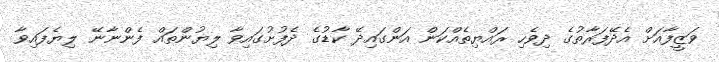
ވަޒީފާއަށް އެދޭފަރާތުގެ ދިވެހި ރައްޔިތެއްކަން އަންގައިދޭ ކާޑުގެ ދެފުށުގައިވާ ލިޔުންތައް ފެންނާނޭ ލިޔެފައިވާ